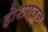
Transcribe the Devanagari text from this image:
होराएज़न